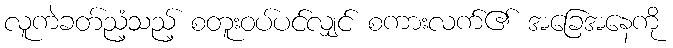
လူကဲခတ်ညံ့သည့် စတူးဝပ်ပင်လျှင် စကားလက်၏ အခြေအနေကို